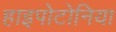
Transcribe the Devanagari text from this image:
हाइपोटोनिया